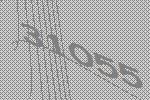
31055